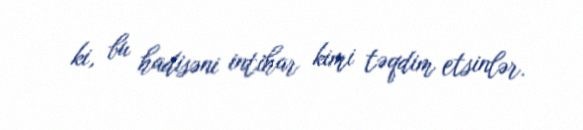
ki, bu hadisəni intihar kimi təqdim etsinlər.